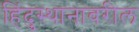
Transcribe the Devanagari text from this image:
हिंदुस्थानावरील